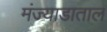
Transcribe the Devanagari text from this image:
मंज्याडाताल